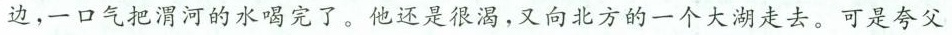
边，一口气把渭河的水喝完了。他还是很渴，又向北方的一个大湖走去。可是夸父